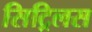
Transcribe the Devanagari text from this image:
सिट्रिलस